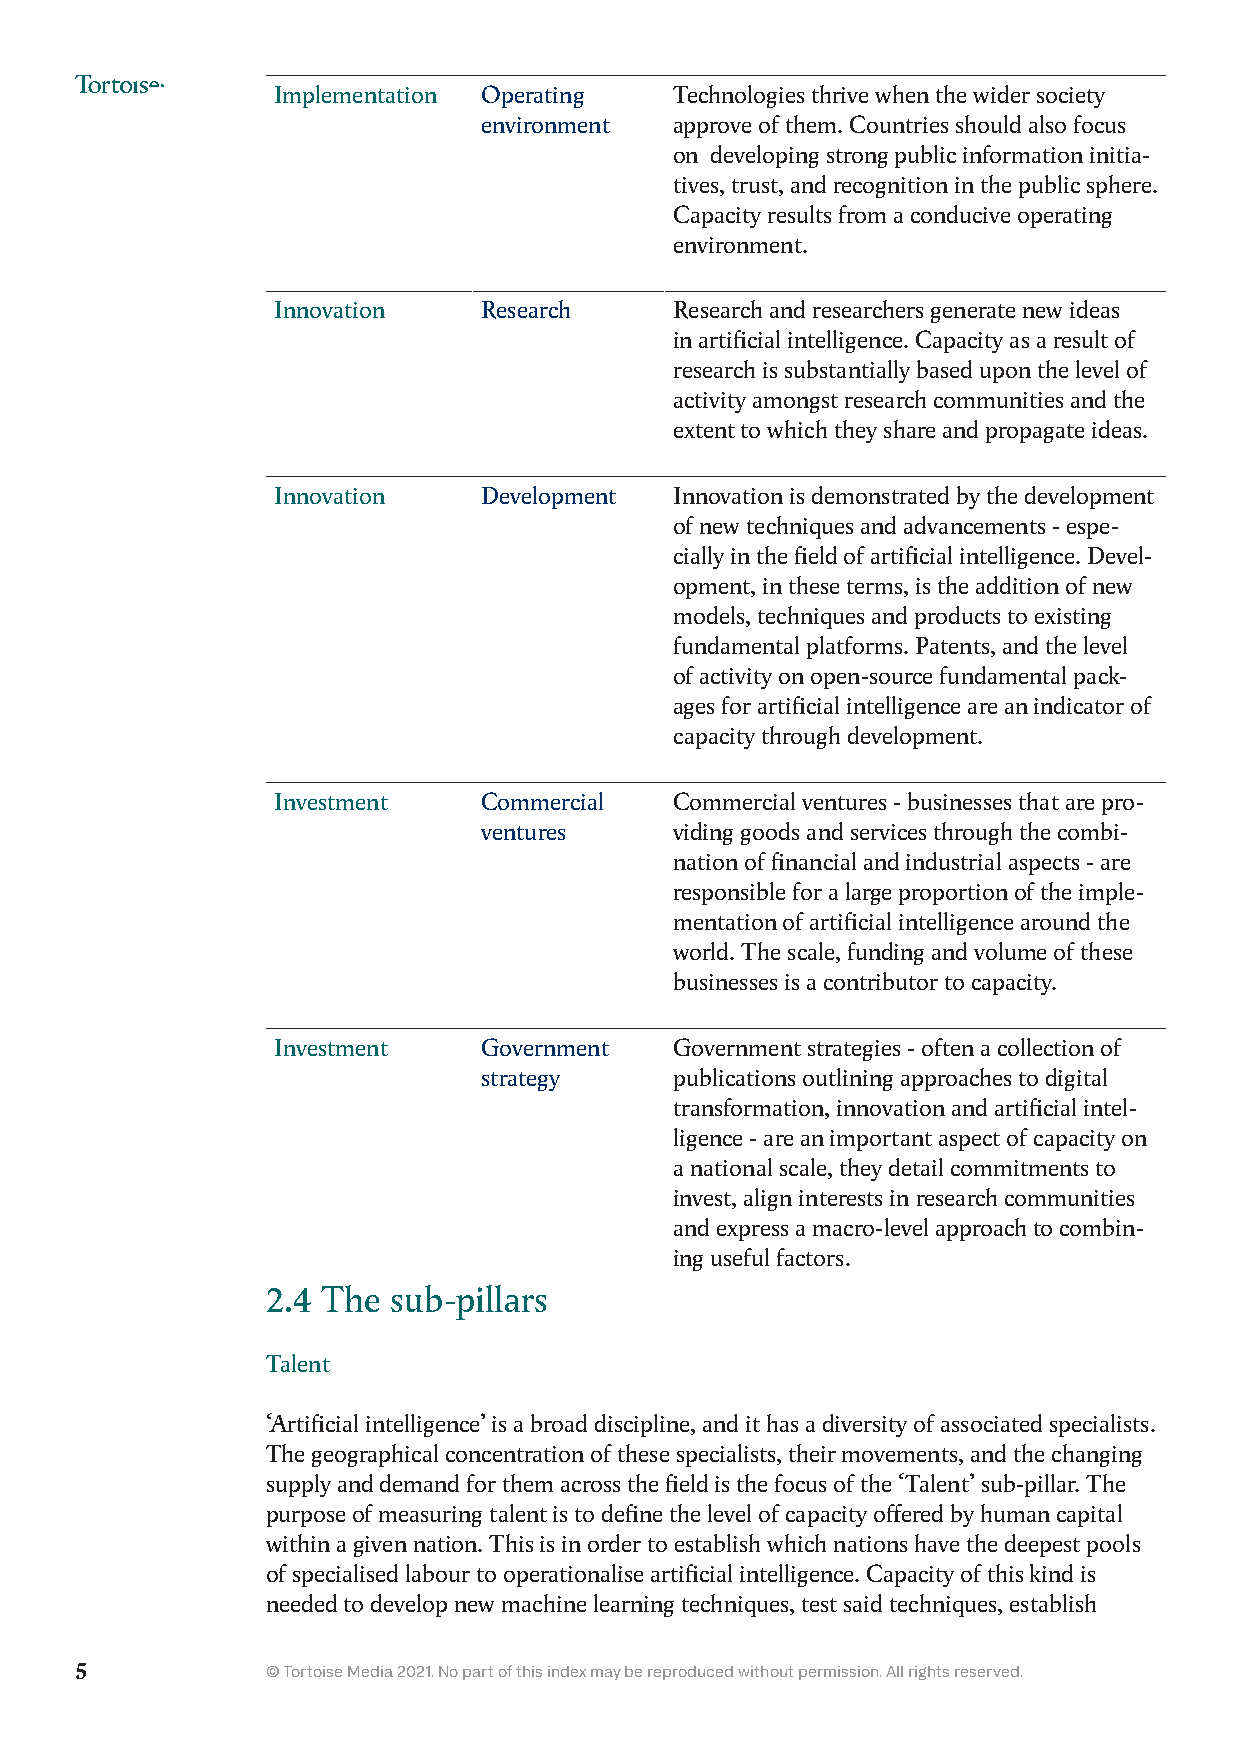
Implementation Operating   Technologies thrive when the wider society
 environment  approve of them. Countries should also focus
 on developing strong public information initia-
 tives, trust, and recognition in the public sphere.
 Capacity results from a conducive operating
 environment.
 Innovation    Research     Research and researchers generate new ideas
 in artificial intelligence. Capacity as a result of
 research is substantially based upon the level of
 activity amongst research communities and the
 extent to which they share and propagate ideas.
 Innovation    Development  Innovation is demonstrated by the development
 of new techniques and advancements - espe-
 cially in the field of artificial intelligence. Devel-
 opment, in these terms, is the addition of new
 models, techniques and products to existing
 fundamental platforms. Patents, and the level
 of activity on open-source fundamental pack-
 ages for artificial intelligence are an indicator of
 capacity through development.
 Investment    Commercial   Commercial ventures - businesses that are pro-
 ventures     viding goods and services through the combi-
 nation of financial and industrial aspects - are
 responsible for a large proportion of the imple-
 mentation of artificial intelligence around the
 world. The scale, funding and volume of these
 businesses is a contributor to capacity.
 Investment    Government   Government strategies - often a collection of
 strategy     publications outlining approaches to digital
 transformation, innovation and artificial intel-
 ligence - are an important aspect of capacity on
 a national scale, they detail commitments to
 invest, align interests in research communities
 and express a macro-level approach to combin-
 ing useful factors.
 2.4 The sub-pillars
 Talent
 ‘Artificial intelligence’ is a broad discipline, and it has a diversity of associated specialists.
 The geographical concentration of these specialists, their movements, and the changing
 supply and demand for them across the field is the focus of the ‘Talent’ sub-pillar. The
 purpose of measuring talent is to define the level of capacity offered by human capital
 within a given nation. This is in order to establish which nations have the deepest pools
 of specialised labour to operationalise artificial intelligence. Capacity of this kind is
 needed to develop new machine learning techniques, test said techniques, establish
 5            © Tortoise Media 2021. No part of this index may be reproduced without permission. All rights reserved.